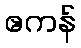
ဧကန်